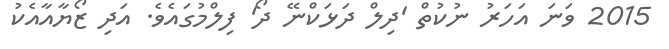
2015 ވަނަ އަހަރު ނުކުތް 'ދިލް ދަޅަކްނޭ ދޯ' ފިލްމުގައެވެ. އަދި ޒޯޔާއާއެކު